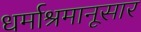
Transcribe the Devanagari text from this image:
धर्माश्रमानूसार